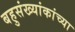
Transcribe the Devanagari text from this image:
बहुसंख्यांकांच्या